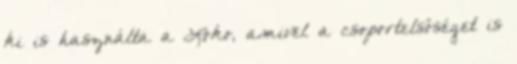
ki is használta a Loko, amivel a csoportelsőséget is